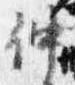
仲